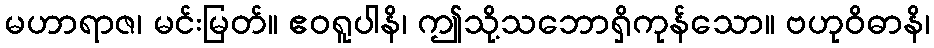
မဟာရာဇ၊ မင်းမြတ်။ ဧဝရူပါနိ၊ ဤသို့သဘောရှိကုန်သော။ ဗဟုဝိဓာနိ၊